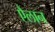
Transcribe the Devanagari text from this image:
एैलान